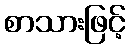
စာသားဖြင့်